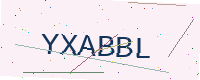
Text: YXABBL